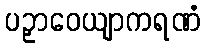
ပဉှာဝေယျာကရဏံ